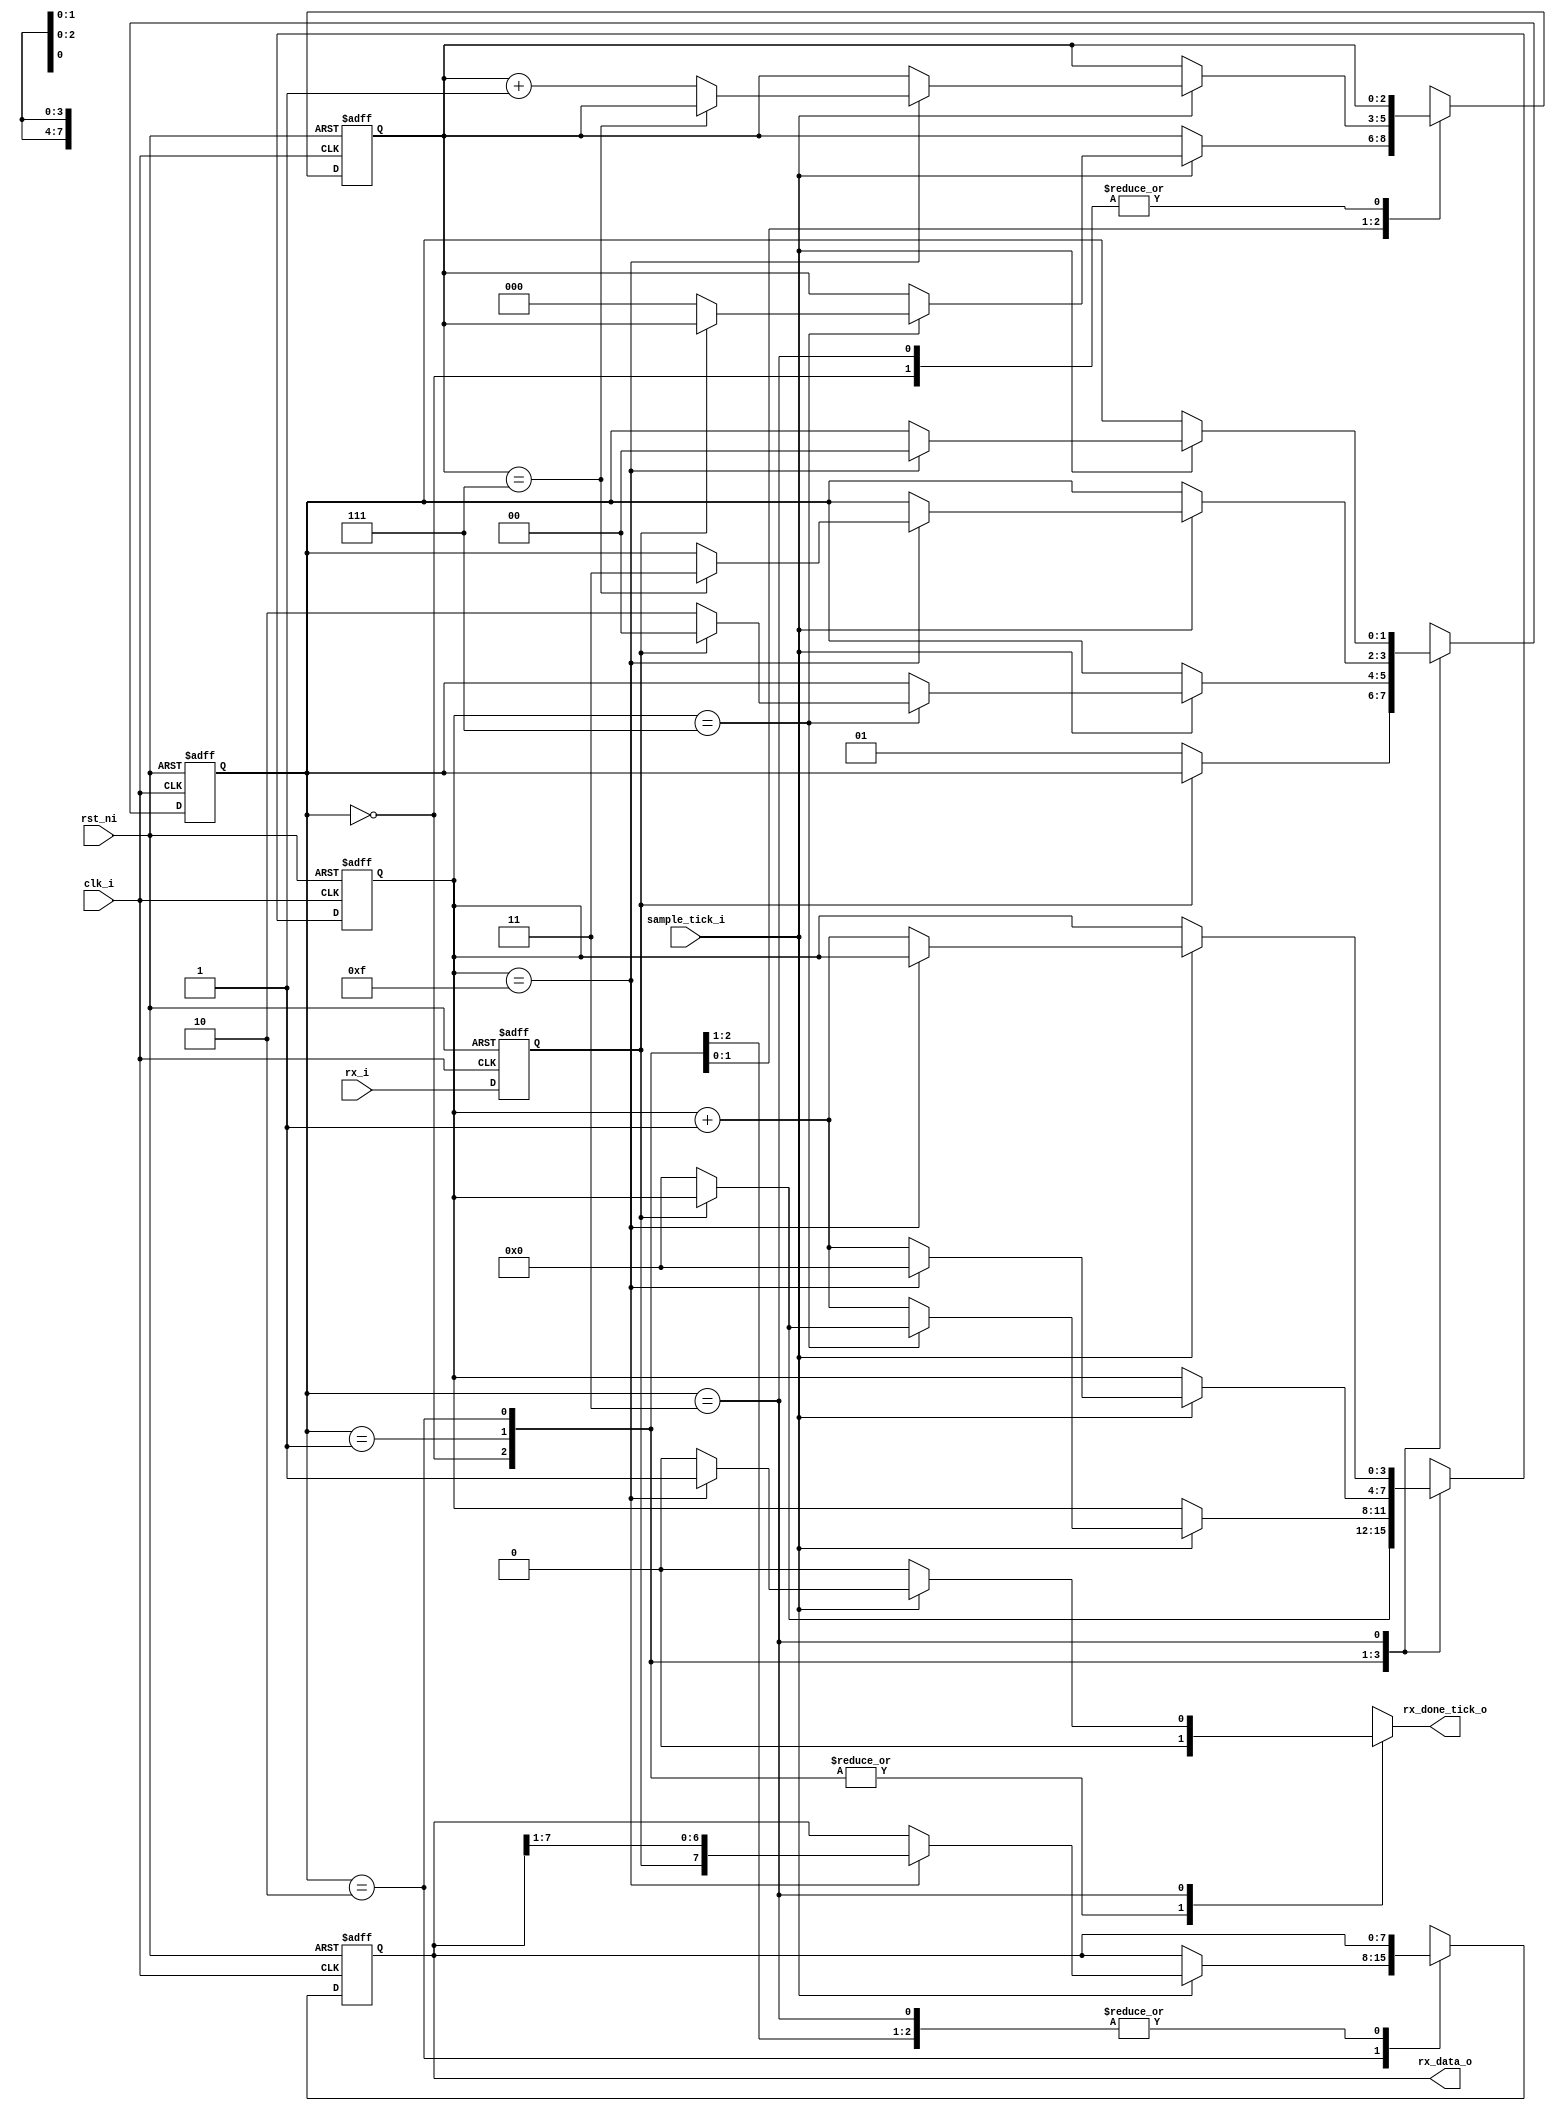
/* Filename : uart_rx.v
 * Simulator: ModelSim - Intel FPGA Edition vsim 2020.1
 * Complier : Quartus Prime - Standard Edition 20.1.1
 *
 * This file contains the UART Receiver. It is able to receive 8 bits of
 * serial data, one start bit, one stop bit, and no parity bit. When receive is
 * complete rx_done_tick_o will be driven high for one clock cycle.
 *
 * The source code is modified from:
 * Pong P. Chu - FPGA Prototyping By Verilog Examples
 */

module uart_rx #(
  parameter DATA_BITS = 8,
  parameter STOP_TICK = 16
) (
  input                  clk_i,
  input                  rst_ni,
  input                  sample_tick_i,
  input                  rx_i,
  output reg             rx_done_tick_o,
  output [DATA_BITS-1:0] rx_data_o
);

// Define the states
localparam [1:0]    S_IDLE  = 2'b00;
localparam [1:0]    S_START = 2'b01;
localparam [1:0]    S_DATA  = 2'b10;
localparam [1:0]    S_STOP  = 2'b11;

// Signal declaration
reg [1:0]           state_reg, state_next;
reg [3:0]           tick_count_reg, tick_count_next; // sample_tick_i counter
reg [2:0]           data_count_reg, data_count_next; // data bit counter
reg [DATA_BITS-1:0] data_buf_reg, data_buf_next;     // data buf
reg                 rx_reg, rx_next;

// Body
// FSMD state & data registers
always @(posedge clk_i, negedge rst_ni) begin
  if (~rst_ni)
    begin
      state_reg      <= S_IDLE;
      tick_count_reg <= 0;
      data_count_reg <= 0;
      data_buf_reg   <= 0;
      rx_reg         <= 1;
    end
  else
    begin
      state_reg      <= state_next;
      tick_count_reg <= tick_count_next;
      data_count_reg <= data_count_next;
      data_buf_reg   <= data_buf_next;
      rx_reg         <= rx_next;
    end
end

// FSMD next-state logic
always @(*) begin
  state_next      = state_reg;
  tick_count_next = tick_count_reg;
  data_count_next = data_count_reg;
  data_buf_next   = data_buf_reg;
  rx_done_tick_o  = 1'b0;
  rx_next         = rx_i;

  case (state_reg)
    // S_Idle: waiting for the start bit
    S_IDLE: begin
      if (~rx_reg)
        begin
          state_next      = S_START;
          tick_count_next = 0;
        end
    end // case: S_IDLE

    // S_START: sample the middle of the start bit
    S_START: begin
      if (sample_tick_i)
        begin
          if (tick_count_reg == 7) // sample the middle of start bit (16 ticks per bit)
            begin
              if (~rx_reg) // check rx is low at START bit
                begin
                  state_next      = S_DATA;
                  tick_count_next = 0;
                  data_count_next = 0;
                end
              else
                  state_next      = S_IDLE;
            end
          else
            tick_count_next = tick_count_reg + 1'b1;
        end
    end // case: S_START

    // S_DATA: sample the middle of each data bit
    S_DATA: begin
      if (sample_tick_i)
        begin
          if (tick_count_reg == 15)
            begin
              tick_count_next = 0;
              data_buf_next   = {rx_reg, data_buf_reg[7:1]}; // right-shit 1-bit
              if (data_count_reg == (DATA_BITS - 1))
                state_next = S_STOP;
              else
                data_count_next = data_count_reg + 1'b1;
            end
          else
            tick_count_next = tick_count_reg + 1'b1;
        end
    end // case: S_DATA

    // S_STOP: sample the stop bit, and assert rx_done_tick_o
    S_STOP: begin
      if (sample_tick_i)
        begin
          if (tick_count_reg == (STOP_TICK - 1))
            begin
              state_next     = S_IDLE;
              rx_done_tick_o = 1'b1;
            end
          else
            tick_count_next = tick_count_reg + 1'b1;
        end
    end // case: S_STOP

    default: state_next = S_IDLE;
  endcase
end

// Output
assign rx_data_o = data_buf_reg;

endmodule